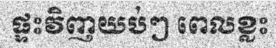
ផ្ទះវិញយប់ៗ ពេលខ្លះ